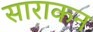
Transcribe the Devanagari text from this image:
साराकन